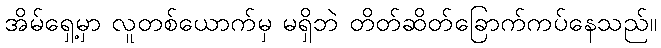
အိမ်ရှေ့မှာ လူတစ်ယောက်မှ မရှိဘဲ တိတ်ဆိတ်ခြောက်ကပ်နေသည်။